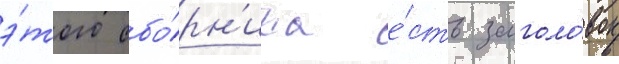
э́того сбо́рн'ика е́сть заголо́вок